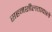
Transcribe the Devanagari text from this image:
सहनशीलतावाले